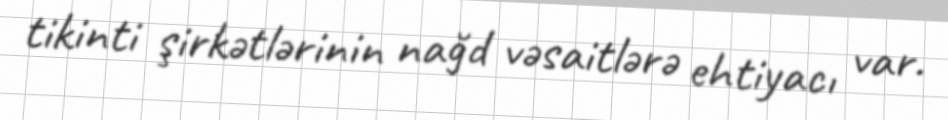
tikinti şirkətlərinin nağd vəsaitlərə ehtiyacı var.